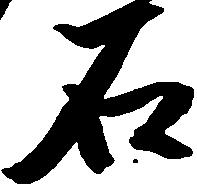
石